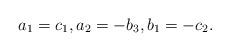
LaTeX: \begin{align*} a_{1}=c_{1}, a_{2}=-b_{3}, b_{1}=-c_{2}.\end{align*}